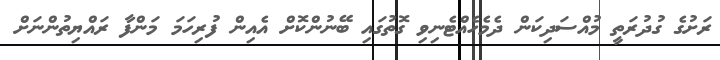
ރަށުގެ ގުދުރަތީ މުއްސަދިކަން ދެމެހެއްޓެނިވި ގޮތުގައި ބޭނުންކޮށް އެއިން ފުރިހަމަ މަންފާ ރައްޔިތުންނަށް